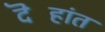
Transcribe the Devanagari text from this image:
दॆहांत